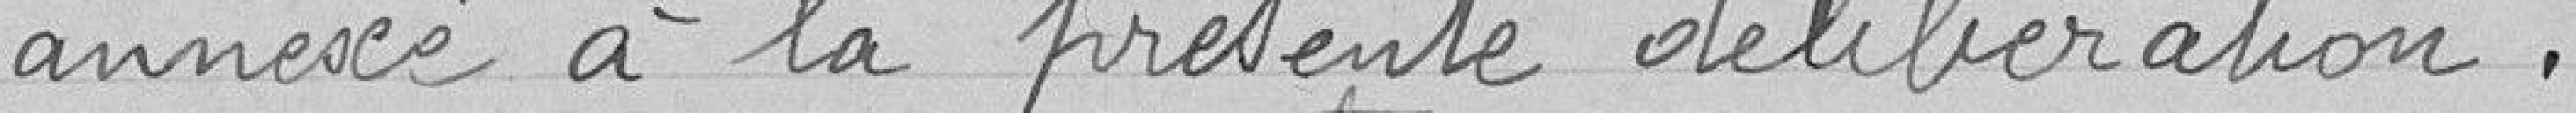
annexé à la présente délibération.